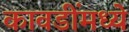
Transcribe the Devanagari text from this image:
कावडींमध्ये